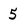
Character: 5